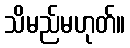
သိမည်မဟုတ်။